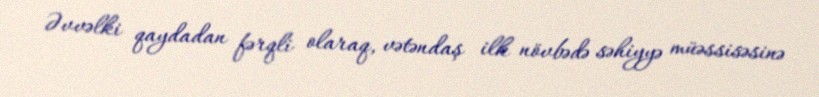
Əvvəlki qaydadan fərqli olaraq, vətəndaş ilk növbədə səhiyyə müəssisəsinə